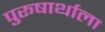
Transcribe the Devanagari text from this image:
पुरूषार्थाला